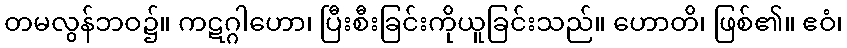
တမလွန်ဘဝ၌။ ကဋဂ္ဂါဟော၊ ပြီးစီးခြင်းကိုယူခြင်းသည်။ ဟောတိ၊ ဖြစ်၏။ ဧဝံ၊